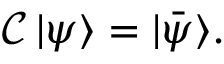
{ \mathcal { C } } \, | \psi \rangle = | { \bar { \psi } } \rangle .